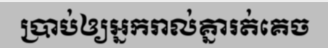
ប្រាប់ឲ្យអ្នករាល់គ្នារត់គេច